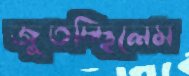
জুতচ্ছিলেম